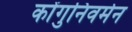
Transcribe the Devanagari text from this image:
कोंगुनिवर्मन